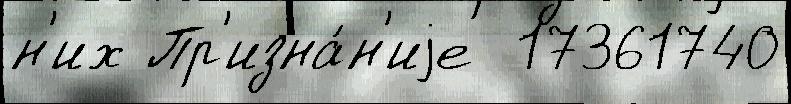
н'их Пр'изна́н'иjе  17361740